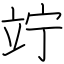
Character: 竚